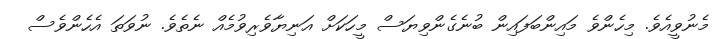
މެނުވީއެވެ. މިހެންވެ މައިންބަފައިން ބުނެގެންވިޔަސް މީހަކަށް އަނިޔާވެރިވުމެއް ނެތެވެ. ނުވަތަ އެހެންވެސް